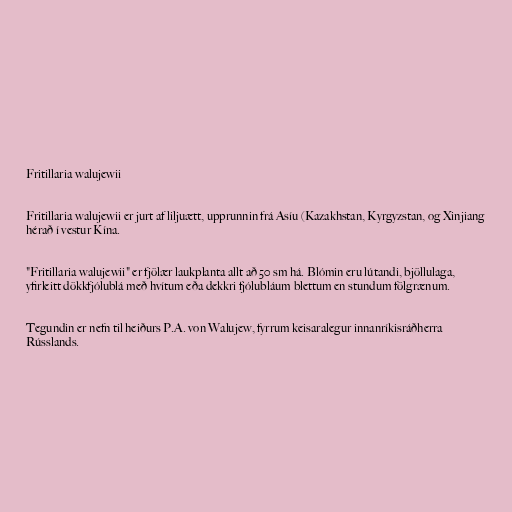
Fritillaria walujewii

Fritillaria walujewii er jurt af liljuætt, upprunnin frá Asíu (Kazakhstan, Kyrgyzstan, og Xinjiang
hérað í vestur Kína.

"Fritillaria walujewii" er fjölær laukplanta allt að 50 sm há. Blómin eru lútandi, bjöllulaga,
yfirleitt dökkfjólublá með hvítum eða dekkri fjólubláum blettum en stundum fölgrænum.

Tegundin er nefn til heiðurs P.A. von Walujew, fyrrum keisaralegur innanríkisráðherra
Rússlands.